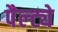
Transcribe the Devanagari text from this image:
पैल्ट्ये